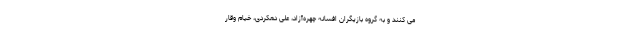
می کنند و به گروه بازیگران افسانه چهره‌آزاد، على دهکردى، خیام وقار